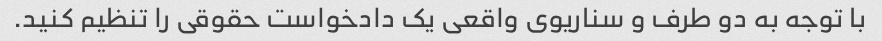
با توجه به دو طرف و سناریوی واقعی یک دادخواست حقوقی را تنظیم کنید.